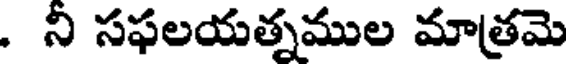
. ని సఫలయత్నముల మాత్రమె